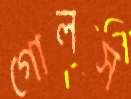
গোলস